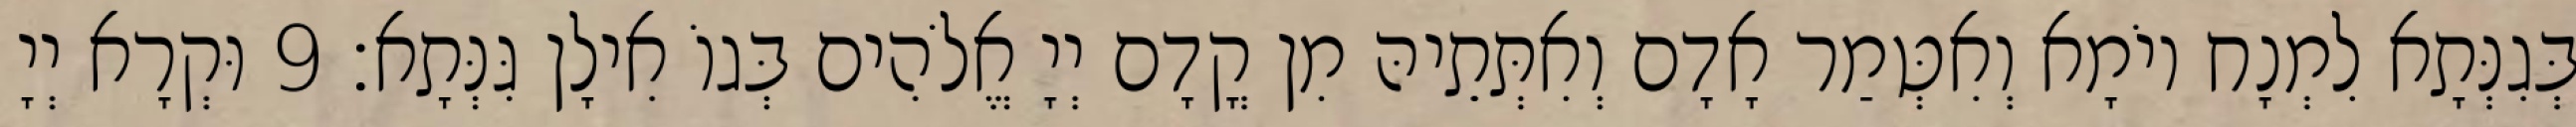
בְּגִנְּתָא לִמְנָח יוֹמָא וְאִטְּמַר אָדָם וְאִתְּתֵיהּ מִן קֳדָם יְיָ אֱלֹהִים בְּגוֹ אִילָן גִּנְּתָא׃ 9 וּקְרָא יְיָ